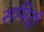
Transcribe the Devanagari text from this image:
समिची